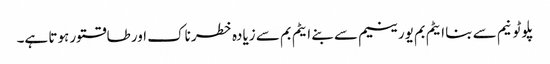
پلوٹونیم سے بنا ایٹم بم یورینیم سے بنے ایٹم بم سے زیادہ خطرناک اور طاقتور ہوتا ہے۔